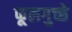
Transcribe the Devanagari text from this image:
फूलगुच्छे